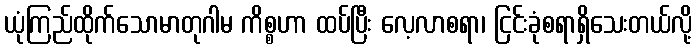
ယုံကြည်ထိုက်သောမာတုဂါမ ကိစ္စဟာ ထပ်ပြီး လေ့လာစရာ၊ ငြင်းခုံစရာရှိသေးတယ်လို့